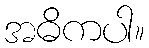
အဓိကပါ။